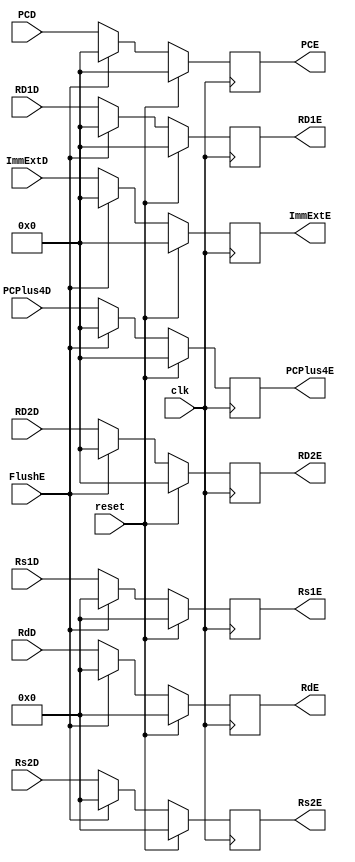
module ExecuteStageDP(
        clk,
        reset,
        PCD,
        PCPlus4D,
        RD1D,
        RD2D,
        Rs1D,
        Rs2D,
        RdD,
        ImmExtD,
        PCE,
        PCPlus4E,
        RD1E,
        RD2E,
        Rs1E,
        Rs2E,
        RdE,
        ImmExtE,
        FlushE
    );
    
    input wire clk;
    input wire reset;
    input wire [31:0] PCD;
    input wire [31:0] PCPlus4D;
    input wire [31:0] RD1D;
	input wire [31:0] RD2D;
    input wire [4:0] Rs1D;
    input wire [4:0] Rs2D;
    input wire [4:0] RdD;
    input wire [31:0] ImmExtD;
    input wire FlushE;

    output reg [31:0]PCE;
    output reg [31:0] PCPlus4E;
    output reg [31:0] RD1E;
	output reg [31:0] RD2E;
    output reg [4:0] Rs1E;
    output reg [4:0] Rs2E;
    output reg [4:0] RdE;
    output reg [31:0] ImmExtE;

   always @ (posedge clk) begin //DECODE -> EXECUTE
       if(reset) begin
           PCE = {32{1'b0}};
           PCPlus4E = {32{1'b0}};
           RD1E = {32{1'b0}};
           RD2E = {32{1'b0}};
           Rs1E = {5{1'b0}};
           Rs2E = {5{1'b0}};
           RdE = {5{1'b0}};
           ImmExtE = {32{1'b0}}; 
       end
       else if(FlushE) begin
           PCE = {32{1'b0}};
           PCPlus4E = {32{1'b0}};
           RD1E = {32{1'b0}};
           RD2E = {32{1'b0}};
           Rs1E = {5{1'b0}};
           Rs2E = {5{1'b0}};
           RdE = {5{1'b0}};
           ImmExtE = {32{1'b0}}; 
       end
       else begin
           PCE = PCD;
           PCPlus4E = PCPlus4D;
           RD1E = RD1D;
           RD2E = RD2D;
           Rs1E = Rs1D;
           Rs2E = Rs2D;
           RdE = RdD;
           ImmExtE = ImmExtD; 
	   end
	end
	
endmodule